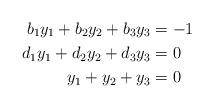
LaTeX: \begin{align*} b_1 y_1 + b_2 y_2 + b_3 y_3 &= -1 \\ d_1 y_1 + d_2 y_2 + d_3 y_3 &= 0 \\ y_1 + y_2 + y_3 &= 0\end{align*}